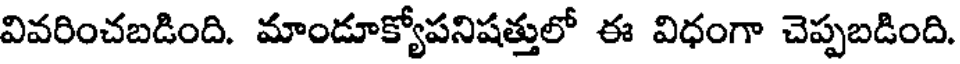
వివరించబడింది. మాండూక్యోపనిషత్తులో ఈ విధంగా చెప్పబడింది.